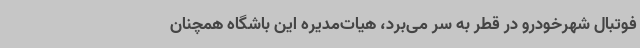
فوتبال شهرخودرو در قطر به سر می‌برد، هیات‌مدیره این باشگاه همچنان